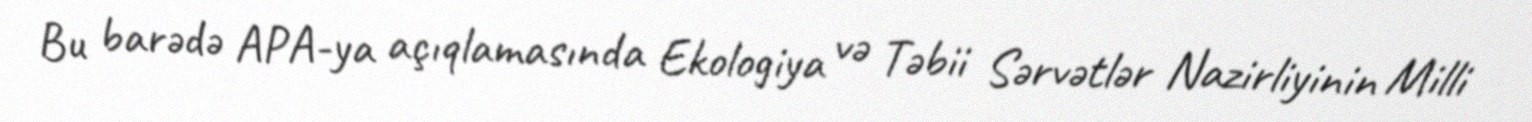
Bu barədə APA-ya açıqlamasında Ekologiya və Təbii Sərvətlər Nazirliyinin Milli